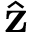
\hat { \mathbf { z } }